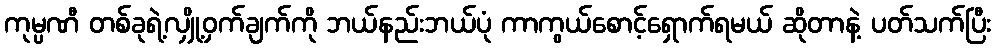
ကုမ္ပဏီ တစ်ခုရဲ့လျှို့ဝှက်ချက်ကို ဘယ်နည်းဘယ်ပုံ ကာကွယ်စောင့်ရှောက်ရမယ် ဆိုတာနဲ့ ပတ်သက်ပြီး